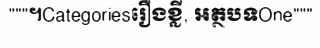
"""។Categoriesរឿងខ្លី, អត្ថបទOne"""